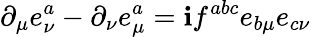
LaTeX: \partial_{\mu}e_{\nu}^{a}-\partial_{\nu}e_{\mu}^{a}=\mathbf{i}f^{abc}e_{b\mu}e_{c\nu}